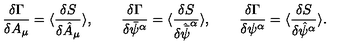
\frac { \delta \Gamma } { { \delta } A _ { \mu } } = \langle \frac { { \delta } S } { \delta \hat { A } _ { \mu } } \rangle , \qquad \frac { \delta \Gamma } { \delta { \bar { \psi } } ^ { \alpha } } = \langle \frac { { \delta } S } { \delta \hat { \bar { \psi } } ^ { \alpha } } \rangle , \qquad \frac { \delta \Gamma } { \delta { \psi } ^ { \alpha } } = \langle \frac { { \delta } S } { \delta \hat { \psi } ^ { \alpha } } \rangle .